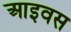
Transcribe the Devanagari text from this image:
आइवस